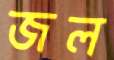
জল